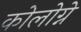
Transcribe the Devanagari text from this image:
कोलोग्ने